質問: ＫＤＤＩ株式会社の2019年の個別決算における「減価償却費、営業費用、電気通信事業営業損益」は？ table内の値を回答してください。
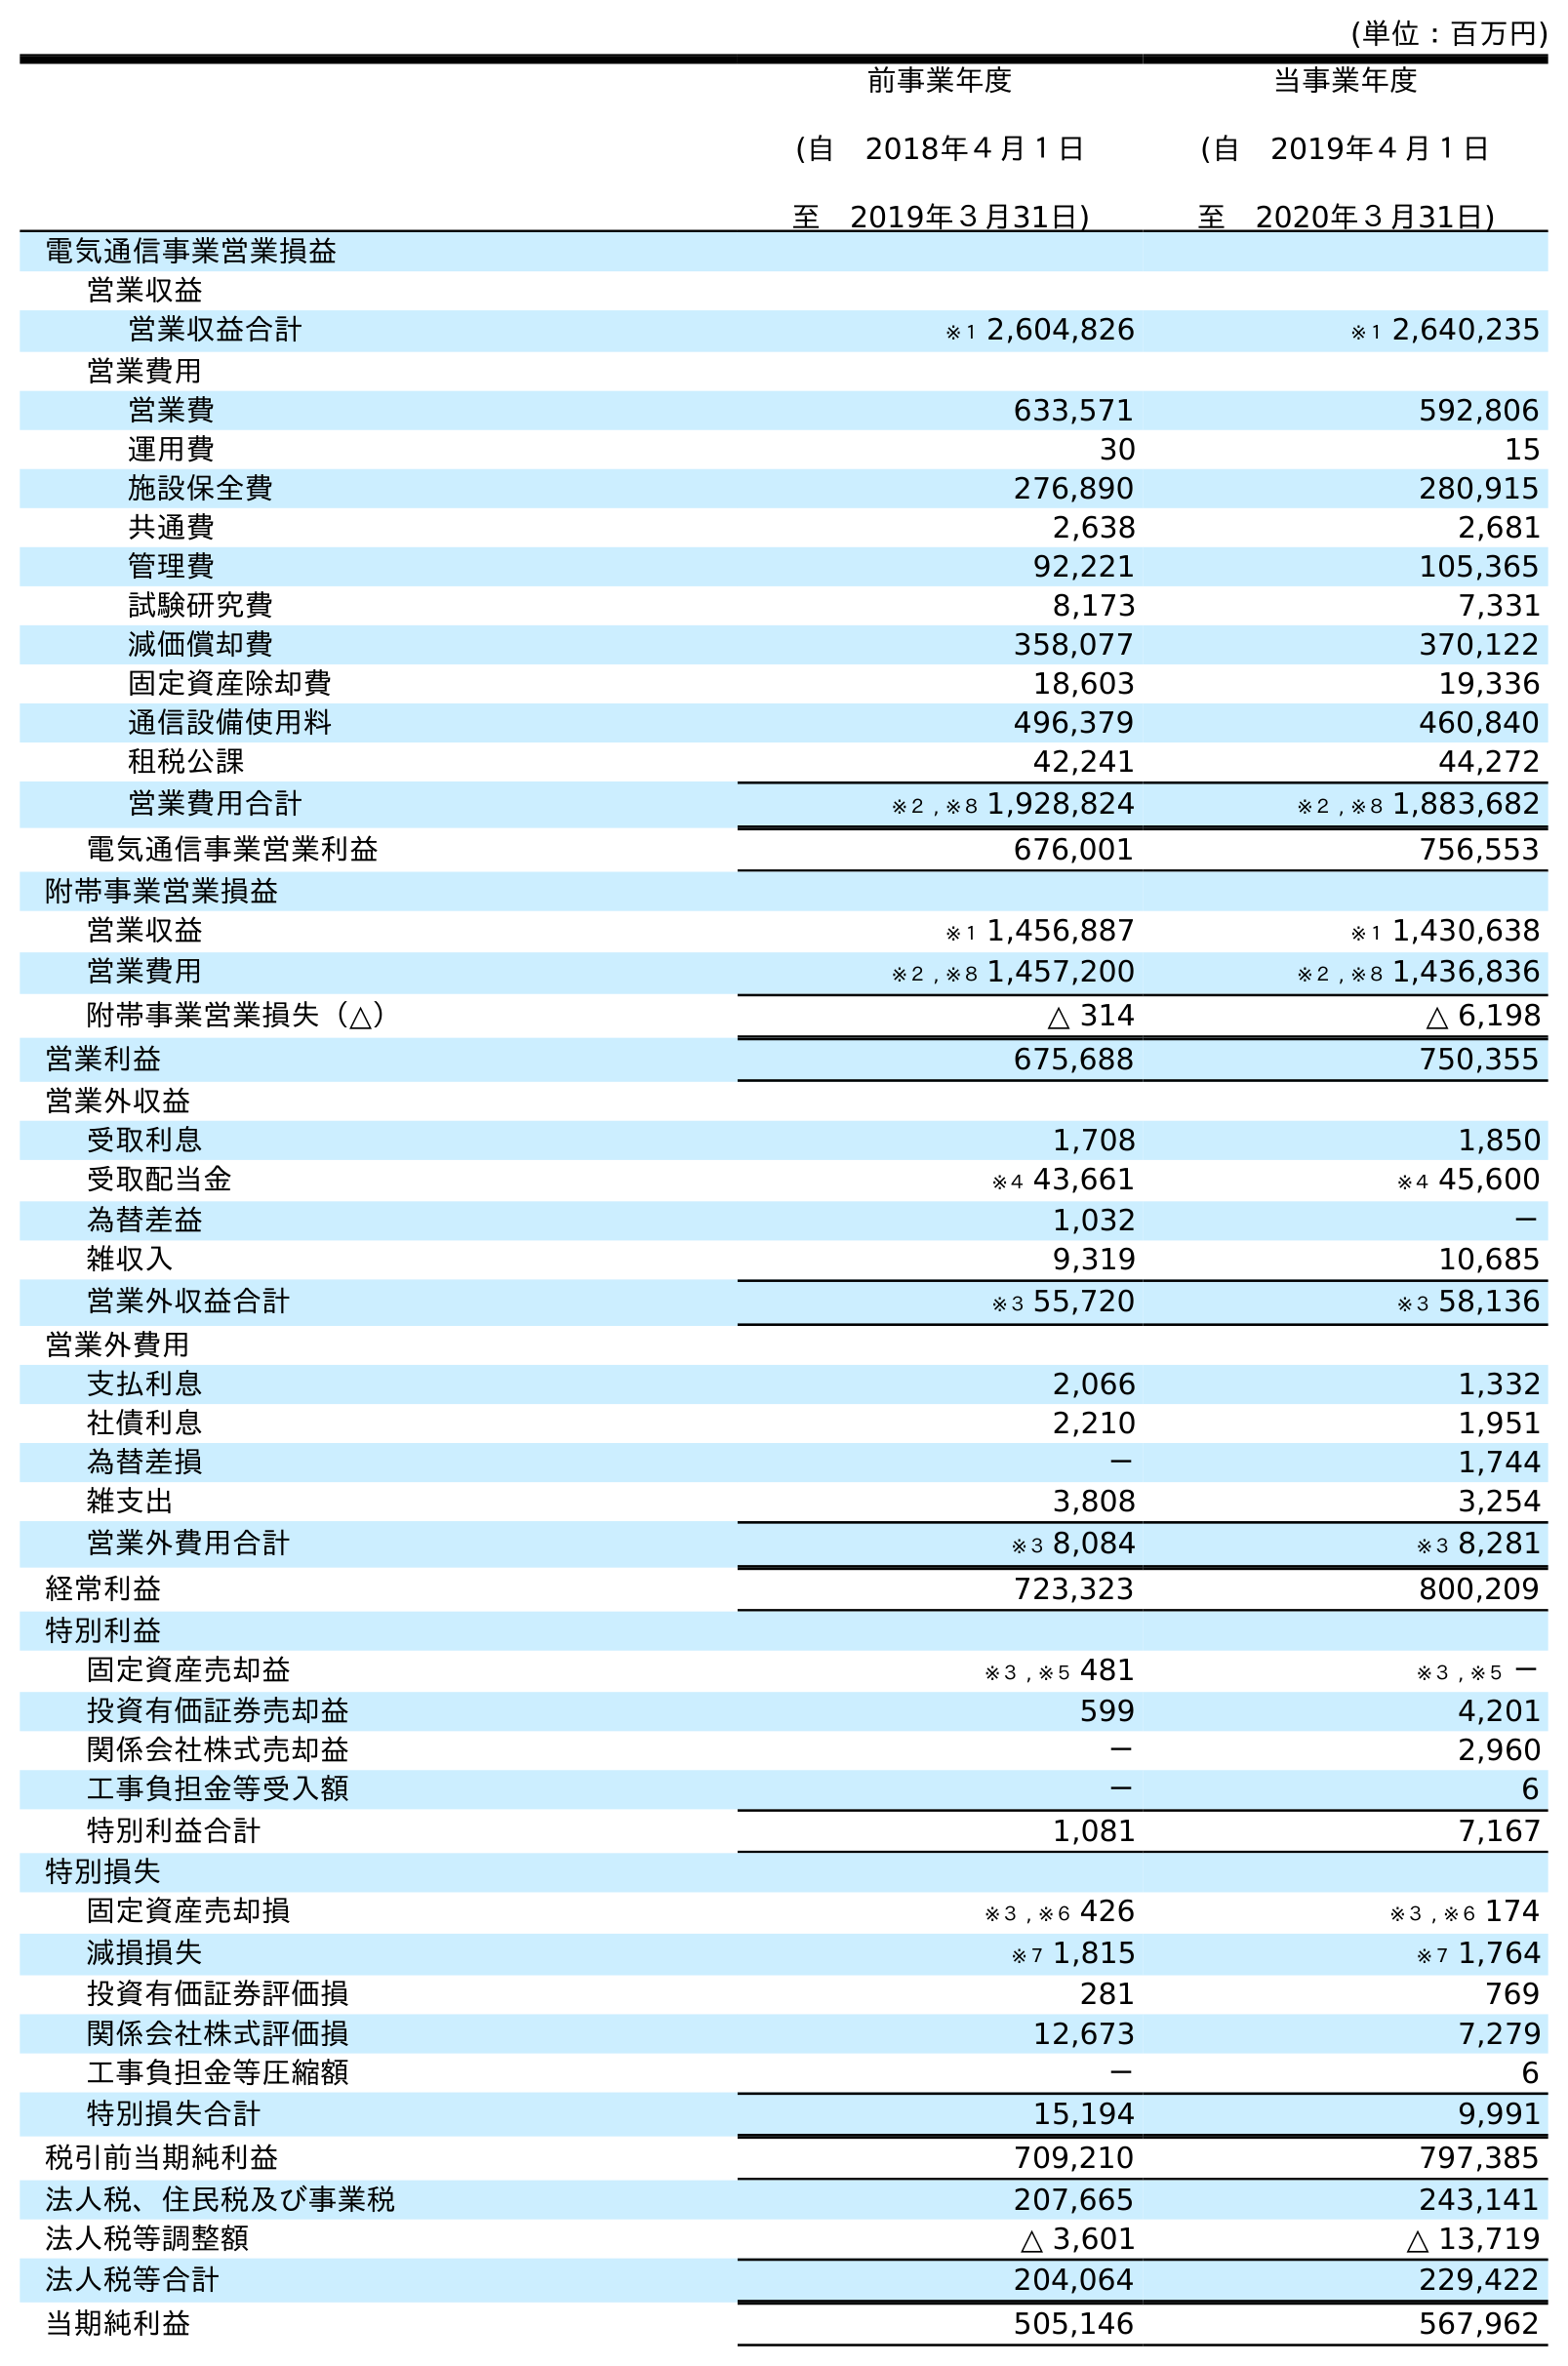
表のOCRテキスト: (単位：百万円) 前事業年度 (自 2018年４月１日 至 2019年３月31日) 当事業年度 (自 2019年４月１日 至 2020年３月31日) 電気通信事業営業損益 営業収益 営業収益合計 ※１ 2,604,826 ※１ 2,640,235 営業費用 営業費 633,571 592,806 運用費 30 15 施設保全費 276,890 280,915 共通費 2,638 2,681 管理費 92,221 105,365 試験研究費 8,173 7,331 減価償却費 358,077 370,122 固定資産除却費 18,603 19,336 通信設備使用料 496,379 460,840 租税公課 42,241 44,272 営業費用合計 ※２ , ※８ 1,928,824 ※２ , ※８ 1,883,682 電気通信事業営業利益 676,001 756,553 附帯事業営業損益 営業収益 ※１ 1,456,887 ※１ 1,430,638 営業費用 ※２ , ※８ 1,457,200 ※２ , ※８ 1,436,836 附帯事業営業損失（△） △ 314 △ 6,198 営業利益 675,688 750,355 営業外収益 受取利息 1,708 1,850 受取配当金 ※４ 43,661 ※４ 45,600 為替差益 1,032 － 雑収入 9,319 10,685 営業外収益合計 ※３ 55,720 ※３ 58,136 営業外費用 支払利息 2,066 1,332 社債利息 2,210 1,951 為替差損 － 1,744 雑支出 3,808 3,254 営業外費用合計 ※３ 8,084 ※３ 8,281 経常利益 723,323 800,209 特別利益 固定資産売却益 ※３ , ※５ 481 ※３ , ※５ － 投資有価証券売却益 599 4,201 関係会社株式売却益 － 2,960 工事負担金等受入額 － 6 特別利益合計 1,081 7,167 特別損失 固定資産売却損 ※３ , ※６ 426 ※３ , ※６ 174 減損損失 ※７ 1,815 ※７ 1,764 投資有価証券評価損 281 769 関係会社株式評価損 12,673 7,279 工事負担金等圧縮額 － 6 特別損失合計 15,194 9,991 税引前当期純利益 709,210 797,385 法人税、住民税及び事業税 207,665 243,141 法人税等調整額 △ 3,601 △ 13,719 法人税等合計 204,064 229,422 当期純利益 505,146 567,962
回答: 358,077